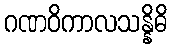
ဂဏဝိကာလသန္နိဓိ